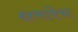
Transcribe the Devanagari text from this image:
क्षमतेच